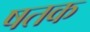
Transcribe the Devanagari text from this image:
षतक